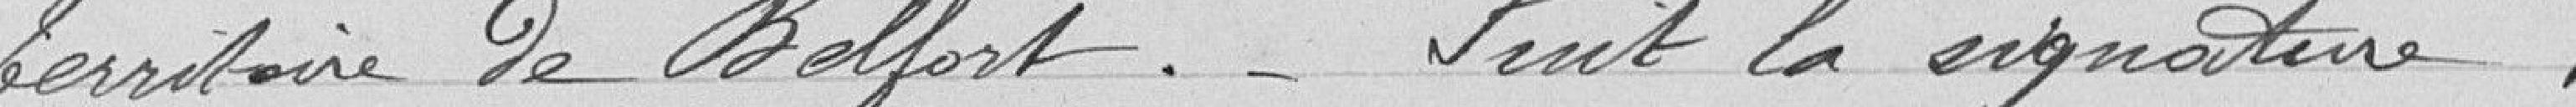
territoire de Belfort. Suit la signature.